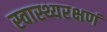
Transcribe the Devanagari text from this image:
स्वास्थ्यरक्षणं